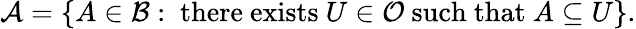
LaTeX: {\mathcal{A}}=\{ A\in{\mathcal{B}}:{\mathrm{~there~exists~}}U\in{\mathcal{O}}{\mathrm{~such~that~}}A\subseteq U\} .